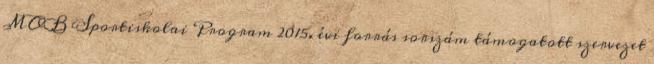
MOB Sportiskolai Program 2015. évi forrás sorszám támogatott szervezet